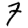
Digit: 7